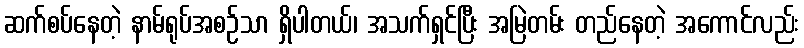
ဆက်စပ်နေတဲ့ နာမ်ရုပ်အစဉ်သာ ရှိပါတယ်၊ အသက်ရှင်ပြီး အမြဲတမ်း တည်နေတဲ့ အကောင်လည်း